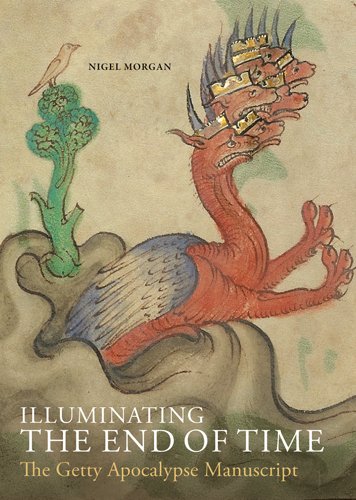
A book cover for Illuminating the End of Time: The Getty Apocalypse Manuscript; Nigel J. Morgan; Arts & Photography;